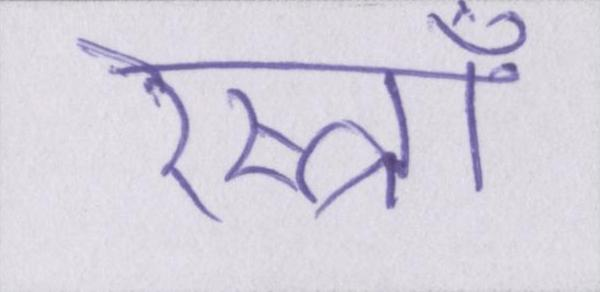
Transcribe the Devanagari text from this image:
रेस्त्राँ